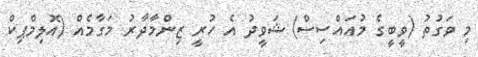
މި ވަގުތު (ވީބީގެ މުއައްސިސް) ޝަވީދު އެ ހުރީ ޒިންމާދާރު މަގާމެއް (އޮލިމްޕިކް